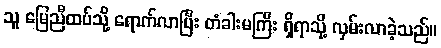
သူ မြေညီထပ်သို့ ရောက်လာပြီး တံခါးမကြီး ရှိရာသို့ လှမ်းလာခဲ့သည်။